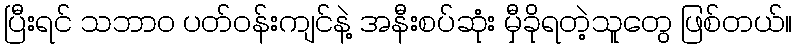
ပြီးရင် သဘာဝ ပတ်ဝန်းကျင်နဲ့ အနီးစပ်ဆုံး မှီခိုရတဲ့သူတွေ ဖြစ်တယ်။